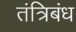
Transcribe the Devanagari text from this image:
तंत्रिबंध